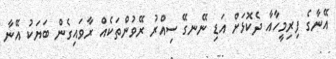
އޭނާގެ ފިރިމީހާއާ ދެކޮޅަށް އަޑި ނޭނގޭ ސިއްރު ރޭވުންތަކެއް ރާވައިގެން ބަޔަކު އޭނާ